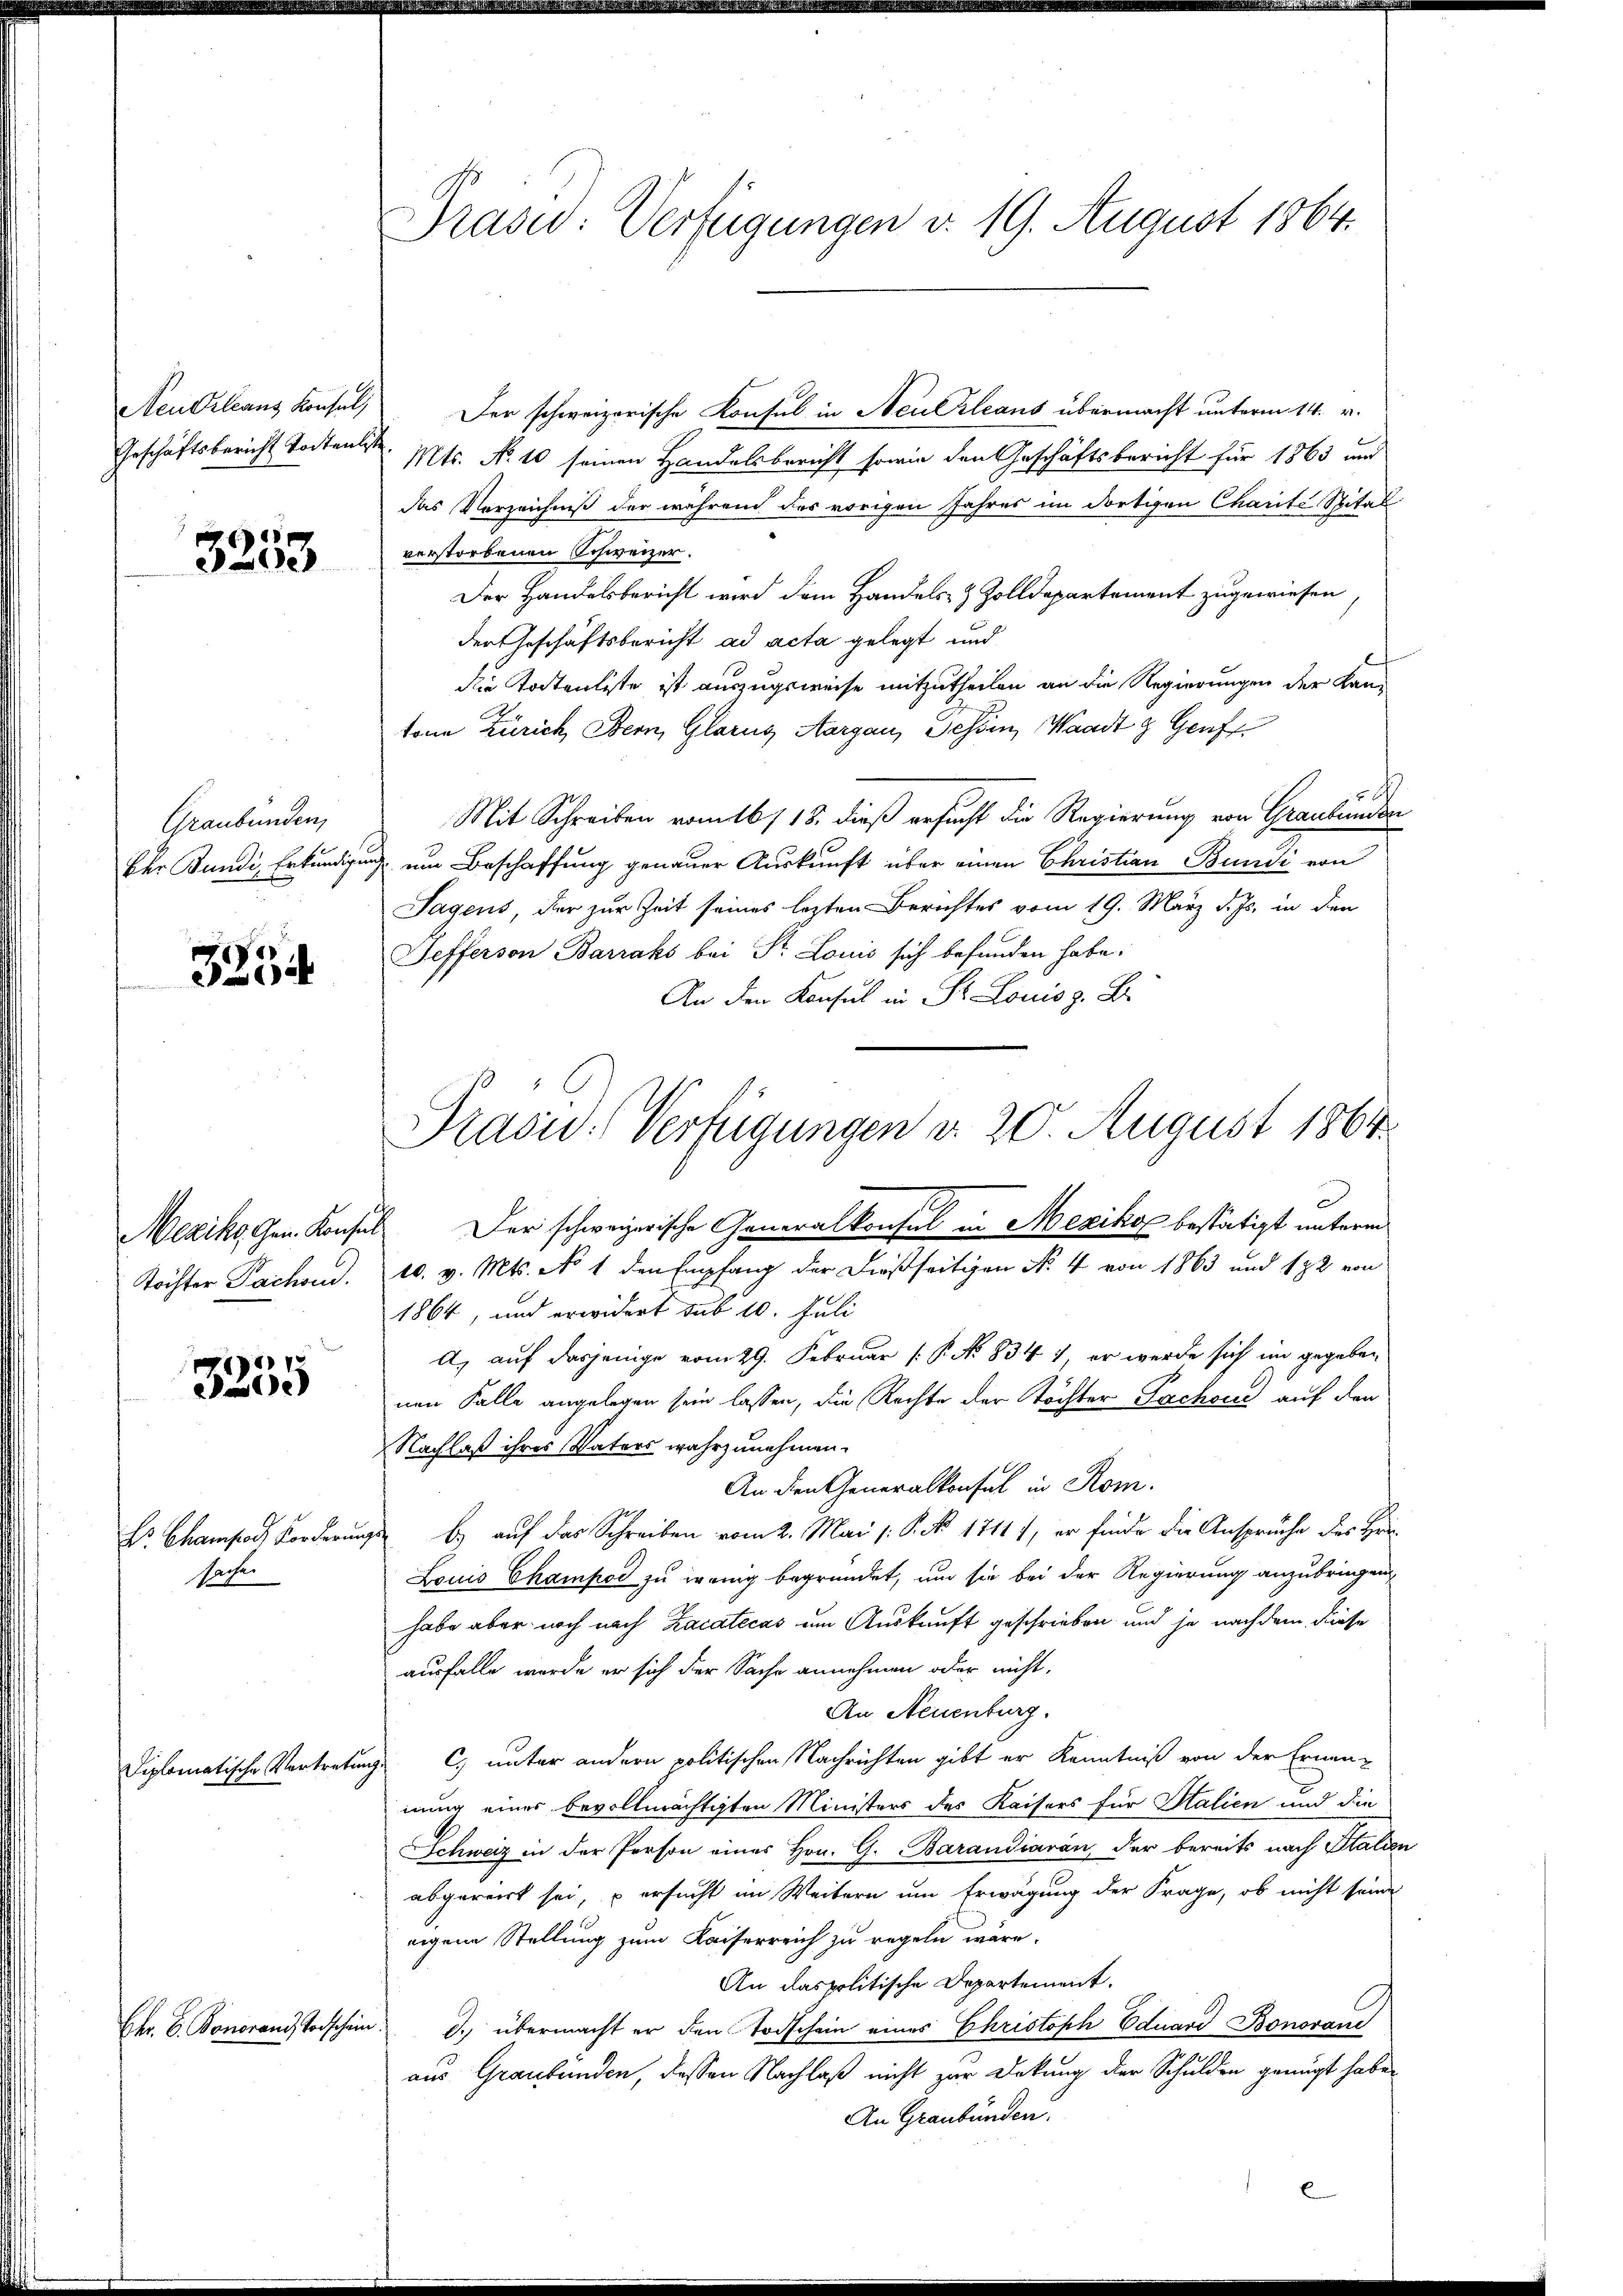
Neu Orleans Konsul,
Geschäftsbericht todten.

3253

Graubünden,
Der Bundi, Erkundigun

3254

Mexiko Gen. Konsen.
Töchter Pachen.

3255

Dr. Chamsad vor darin
sache.

Diplomatische Vertreten

Ekr. C. Bonorand Todschen

Präsid: Verfügungen d. 19. August 1864.

Der schweizerische Konsul in Neuerleans übermacht unterm 14. v.
Mts. No 10 seinen Handelsbericht sowie den Geschäftsbericht für 1863 und
das Verzeichniß der während das vorigen Jahres im dortigen Charite Spital
verstorbenen Schweizer.
Der Handelsbericht wird dem Handels- & Zolldepartement zugewiesen
der Geschäftsbericht ad acta gelegt und
die Todtenliste ist auszugsweise mitzutheilen an die Regierungen der Kan
tone Zürich, Bern, Glarus Aargau, Schen, Waadt g Genf
ch
Mit Schreiben vom 16/18. dieß ersucht die Regierung von Graubünden
uch um Beschaffung genauer Auskunft über einen Christian Bundi von
Sagens, der zur Zeit seines lezten Berichtes vom 19. März d. Js. in den
Sefferson Barraks bei Sr. Louis sich befunden habe.
An den Konsul in Dr. Louis z. B.
Der schweizerische Generalkonsul in Mexikos bestätigt unterm
h
10. v. Mts. No 1 den Empfang der dießseitigen No 4 von 1863 und 172 von
1864, und erwidert sub 10. Juli
A. auf dasjenige vom 29. Februar [ P. No. 834), er werde sich im gegeben
nen Falle angelegen sein lassen, die Rechte der Töchter Sachsić auf den
Nachlaß ihres Vaters wahrzunehmen.
An den Generalkonsul in Rom.
b. auf das Schreiben vom 2. Mai /: P. No. 17111, er finde die Ansprüche des Her
1
Louis Champod zu irring begründet, um sie bei der Regierung anzubringen,
habe aber noch nach Zacatecas um Auskunft geschrieben und je nach dem diese
ausfalle werde er sich der Sache annehmen oder nicht.
An Neuenburg.
C. unter andern politischen Nachrichten gibt er Kenntniß von der Ernen-
i
nung einer bevollmächtigten Ministers des Kaisers für Salien und die
Schweiz in der Person eines Hrn. G. Barandiaran, der bereits nach Italien
abgereit sei, u ersucht im Weitern um Erwägung der Frage, ob nicht seine
eigene Stellung zum Kaiserreich zu regeln wäre.
An das politische Departement.
¬
d. übermacht er den Todschein eines Christoph Eduard Bonorane
aus Graubünden, dessen Nachlaß nicht zur Deckung der Schulden genügt habe.
An Graubünden.

Prasid. Verfügungen v. 20. August 1864.